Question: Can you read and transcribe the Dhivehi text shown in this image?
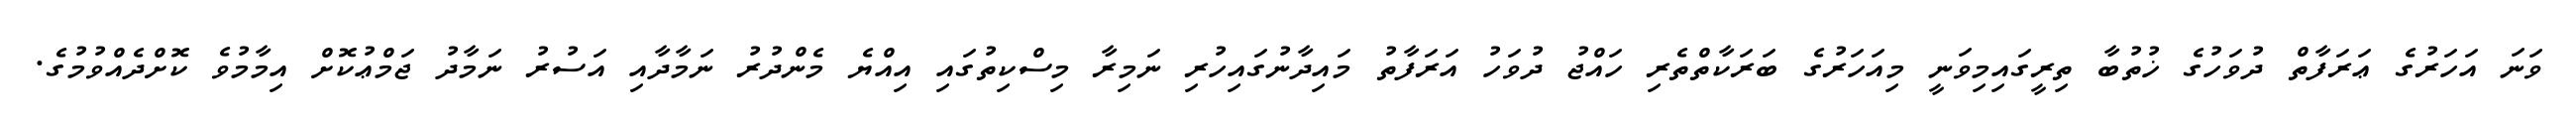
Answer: ވަނަ އަހަރުގެ ޢަރަފާތް ދުވަހުގެ ޚުތުބާ ތިރީގައިމިވަނީ މިއަހަރުގެ ބަރަކާތްތެރި ހައްޖު ދުވަހު އަރަފާތު މައިދާނުގައިހުރި ނަމިރާ މިސްކިތުގައި އިއްޔެ މެންދުރު ނަމާދާއި އަސުރު ނަމާދު ޖަމްޢުކޮށް އިމާމުވެ ކޮށްދެއްވުމުގެ.